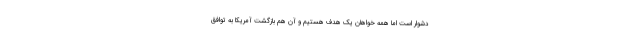
دشوار است اما همه خواهان یک هدف هستیم و آن هم بازگشت آمریکا به توافق